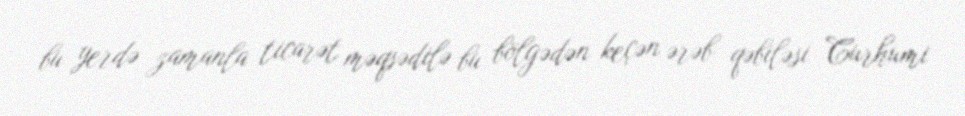
bu yerdə zamanla ticarət məqsədilə bu bölgədən keçən ərəb qəbiləsi Curhumi